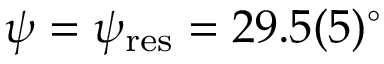
\psi = \psi _ { \mathrm { r e s } } = 2 9 . 5 ( 5 ) ^ { \circ }